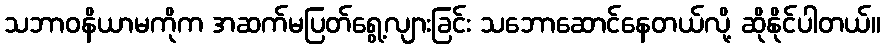
သဘာဝနိယာမကိုက အဆက်မပြတ်ရွေ့လျားခြင်း သဘောဆောင်နေတယ်လို့ ဆိုနိုင်ပါတယ်။